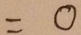
= 0